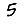
Digit: 5